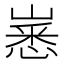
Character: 𱜈